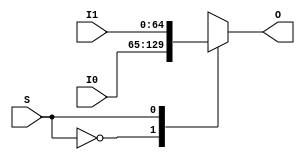
module Mux2to1_65b(
    input wire S,
    input wire [64:0] I0,
    input wire [64:0] I1,
    output reg [64:0] O
);

    always @ * begin
        case (S)
            1'b0:
                O <= I0;
            1'b1:
                O <= I1;
            default: begin
                // exception
                O <= 0;
            end
        endcase
    end

endmodule